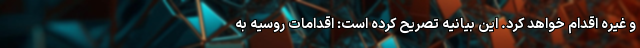
و غیره اقدام خواهد کرد. این بیانیه تصریح کرده است: اقدامات روسیه به